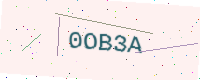
Text: 0OB3A